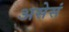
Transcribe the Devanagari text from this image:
असेसं